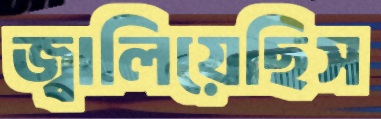
জ্বালিয়েছিস